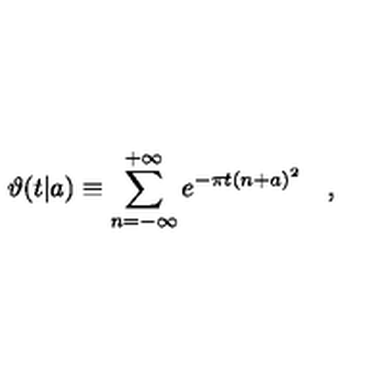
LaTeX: \vartheta ( t | a ) \equiv \sum _ { n = - \infty } ^ { + \infty } e ^ { - \pi t ( n + a ) ^ { 2 } } \quad ,